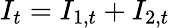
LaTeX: I_{t}=I_{1,t}+I_{2,t}